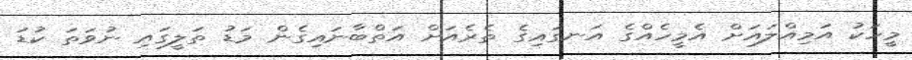
މީހަކު އަމިއްލައަށް އެމީހެއްގެ އަނގައިގެ ތެރެއަށް އަތްބާނައިގެން މަޑު ތަލީގައި ނުވަތަ ކުޑަ